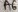
Text: A6